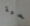
حية